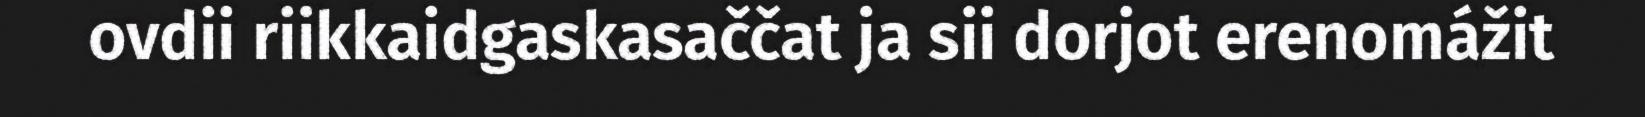
ovdii riikkaidgaskasaččat ja sii dorjot erenomážit